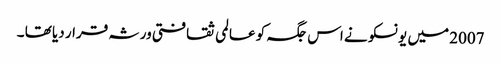
2007 میں یونسکو نے اس جگہ کو عالمی ثقافتی ورثہ قرار دیا تھا ۔